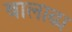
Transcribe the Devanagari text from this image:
बालाढ्य